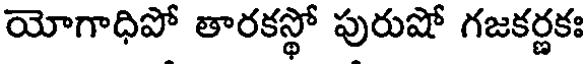
యోగాధిపో తారకస్థో పురుషో గజకర్ణకః